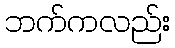
ဘက်ကလည်း